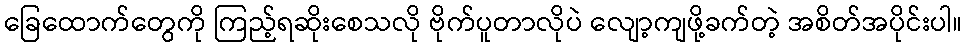
ခြေထောက်တွေကို ကြည့်ရဆိုးစေသလို ဗိုက်ပူတာလိုပဲ လျော့ကျဖို့ခက်တဲ့ အစိတ်အပိုင်းပါ။